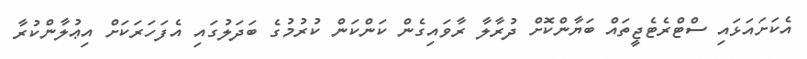
އެކަށައަޅައި ސްޓްރެޓެޖީތައް ބަޔާންކޮށް ދުރާލާ ރާވައިގެން ކަންކަން ކުރުމުގެ ބަދަލުގައި އެފަހަރަކަށް އިޢުލާންކުރާ